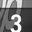
Digit: 3